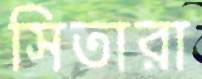
সিতারা